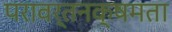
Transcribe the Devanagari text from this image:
परावर्तनक्षमता